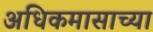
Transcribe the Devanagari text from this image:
अधिकमासाच्या